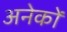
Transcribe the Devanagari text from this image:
अनेेकों